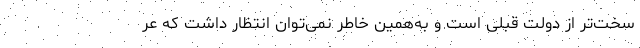
سخت‌تر از دولت قبلی است و به‌همین خاطر نمی‌توان انتظار داشت که عر